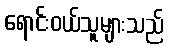
ရောင်းဝယ်သူများသည်